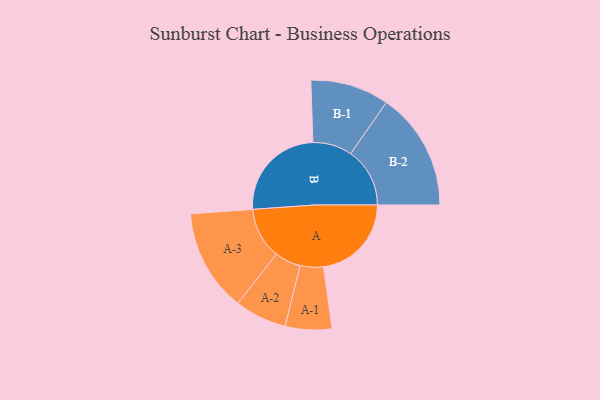
{"axis": {"x": "Segment", "y": "Value"}, "legend": ["", "A", "B"], "data": [{"x": "A", "y": 436, "type": ""}, {"x": "B", "y": 489, "type": ""}, {"x": "A-1", "y": 115, "type": "A"}, {"x": "A-2", "y": 129, "type": "A"}, {"x": "A-3", "y": 254, "type": "A"}, {"x": "B-1", "y": 195, "type": "B"}, {"x": "B-2", "y": 293, "type": "B"}]}